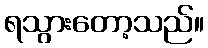
ရသွားတော့သည်။